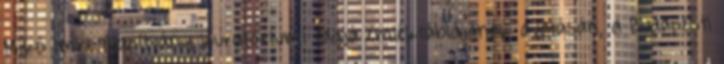
Mikó Imre Alapítvány kuratóriumi tagja emléktáblájának avatásán, a Budapesti